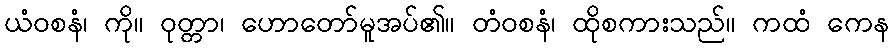
ယံဝစနံ၊ ကို။ ဝုတ္တာ၊ ဟောတော်မူအပ်၏။ တံဝစနံ၊ ထိုစကားသည်။ ကထံ ကေန